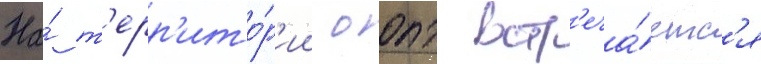
На́ т'ерр'ито́р'ии оопт встр'еча́етс'я